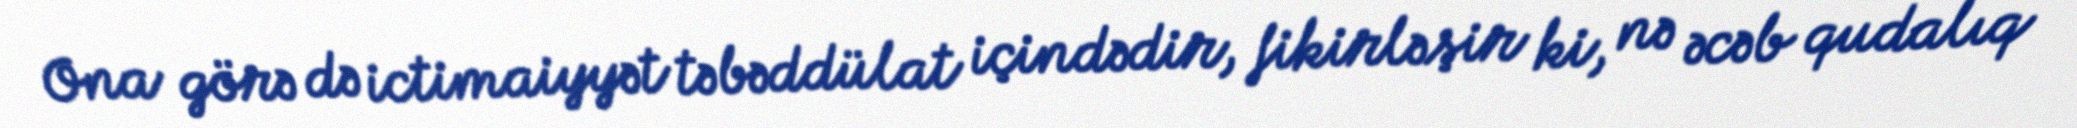
Ona görə də ictimaiyyət təbəddülat içindədir, fikirləşir ki, nə əcəb qudalıq